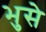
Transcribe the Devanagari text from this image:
भुसे